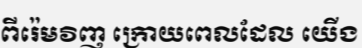
ពីរ៉េមវិញ ក្រោយពេលដែល យើង